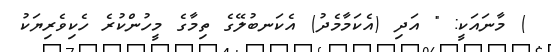
) މާނައަކީ: " އަދި (އެކަމާމެދު) އެކަނބުލޭގެ ތިމާގެ މީހުންކުރެ ހެކިވެރިޔަކު